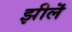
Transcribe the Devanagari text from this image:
झीलॆं